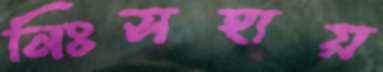
নিঃসহায়